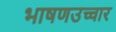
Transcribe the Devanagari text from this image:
भाषणउच्चार